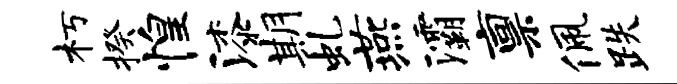
朽揆惶漆期虬燕灞禀佩跌